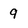
Character: 9